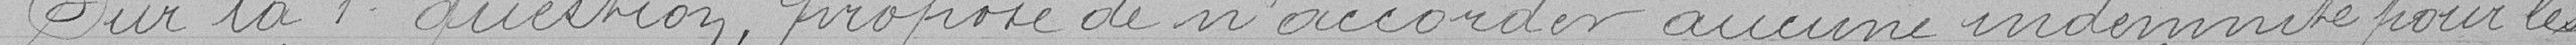
Sur la 1° question, propose de n'accorder aucune indemnité pour les